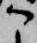
こ